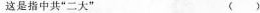
这是指中共”二大” （）